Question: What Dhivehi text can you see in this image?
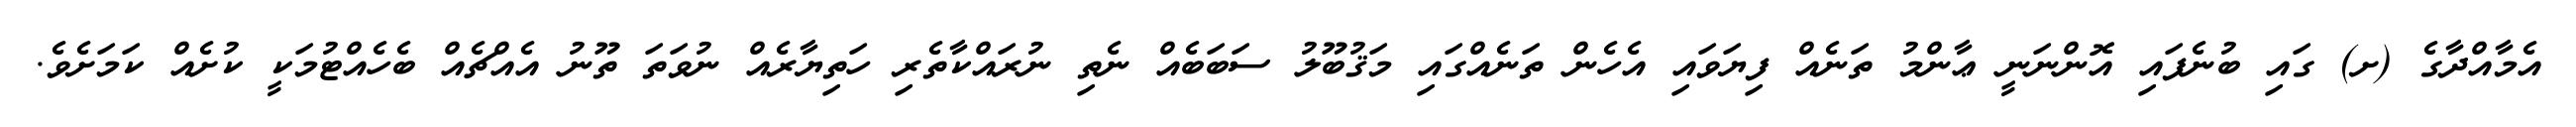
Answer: އެމާއްދާގެ (ށ) ގައި ބުނެފައި އޮންނަނީ ޢާންމު ތަނެއް ފިޔަވައި އެހެން ތަނެއްގައި މަޤުބޫލު ސަބަބެއް ނެތި ނުރައްކާތެރި ހަތިޔާރެއް ނުވަތަ ތޫނު އެއްޗެއް ބެހެއްޓުމަކީ ކުށެއް ކަމަށެވެ.